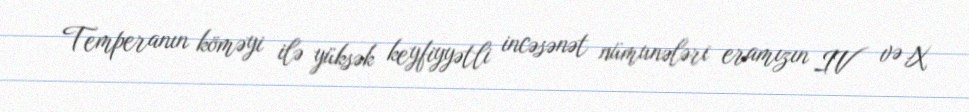
Temperanın köməyi ilə yüksək keyfiyyətli incəsənət nümunələri eramızın IV və X